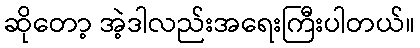
ဆိုတော့ အဲ့ဒါလည်းအရေးကြီးပါတယ်။